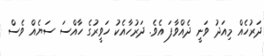
ދަރުހެއް މިއަދު ވަނީ ދެއްވާފަ އެވެ. ދަރުހާއެކު ހަވީރުގެ ހާއްސަ ސަޔެއް ވެސް